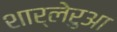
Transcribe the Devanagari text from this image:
शार्लेरुआ